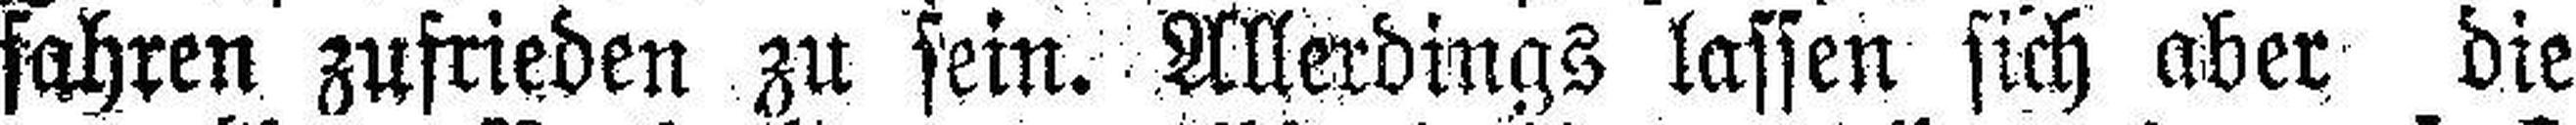
fahren zufrieden zu sein. Allerdings lassen sich aber die